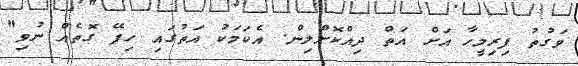
ވަގުތު ފިރިމީހާ އަށް އަތް ދިއްކޮށްލިން. އެކަމަކު އަތުގައި ހިފޭ ގޮތެއް ނުވި"